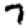
Digit: 7